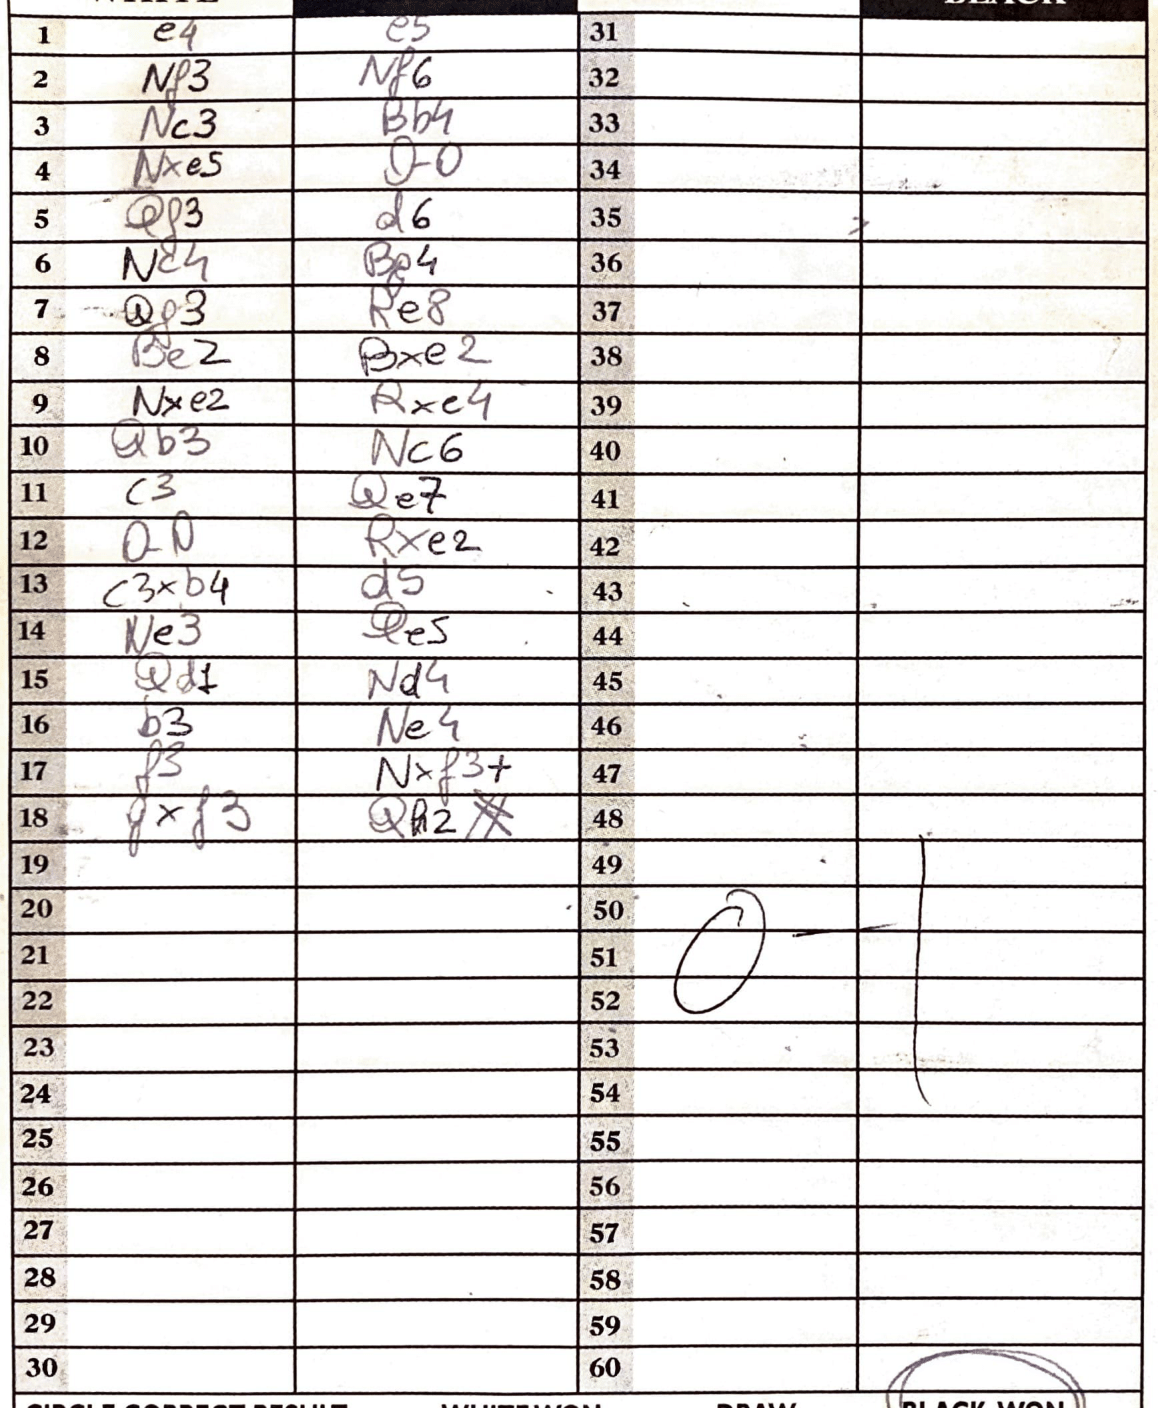
Moves: e4 e5 Nf3 Nf6 Nc Bb4 Nxe5 O-O Qf3 d6 Nc4 Be4 Qf3 Re8 Be2 Bxe2 Nxe2 Rxe4 Qb3 Nc6 c3 Qe7 O-O Rxe2 c3xb4 d5 Ne3 Qe5 Qd+ Nd4 b3 Ne4 f3 Nxf3+ gxf3 QP2#